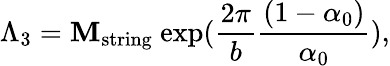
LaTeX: \Lambda_{3}=\mathbf{M}_{\mathrm{{string}}}~\mathrm{{exp}}{({\frac{{2\pi}}{{b}}}{\frac{{(1-\alpha_{0})}}{{\alpha_{0}}}})},